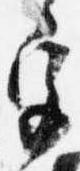
宮